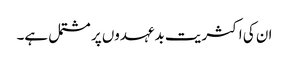
ان کی اکثریت بدعہدوں پر مشتمل ہے۔